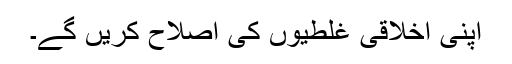
اپنی اخلاقی غلطیوں کی اصلاح کریں گے۔